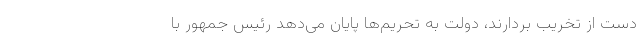
دست از تخریب بردارند، دولت به تحریم‌ها پایان می‌دهد رئیس جمهور با